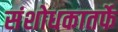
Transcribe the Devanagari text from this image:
संशोधकातर्फे